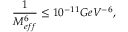
\frac { 1 } { M _ { e f f } ^ { 6 } } \leq 1 0 ^ { - 1 1 } G e V ^ { - 6 } ,